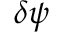
\delta \psi